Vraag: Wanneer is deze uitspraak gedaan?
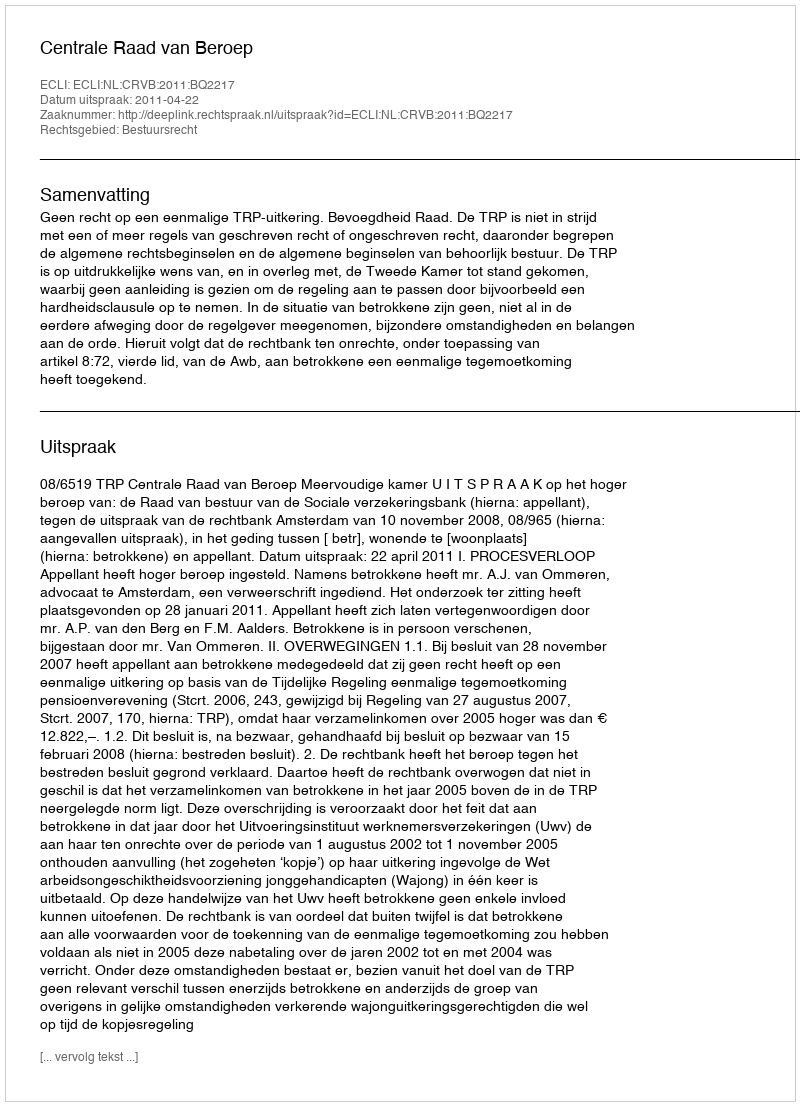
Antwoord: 2011-04-22